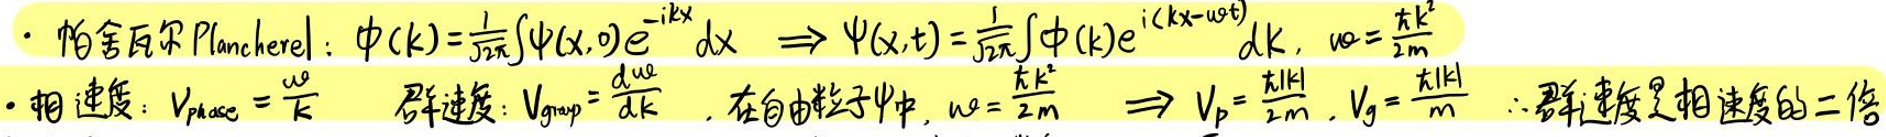
- 帕舍瓦尔 Plancherel：$\phi(k)=\frac{1}{\sqrt{2\pi}}\int\psi(x,0)e^{-ikx}dx\Rightarrow\psi(x,t)=\frac{1}{\sqrt{2\pi}}\int\phi(k)e^{i(kx - \omega t)}dk,\omega=\frac{\hbar k^{2}}{2m}$
- 相速度：$V_{phase}=\frac{\omega}{k}$  群速度：$V_{group}=\frac{d\omega}{dk}$，在自由粒子$\psi$中，$\omega=\frac{\hbar k^{2}}{2m}\Rightarrow V_{p}=\frac{\hbar|k|}{2m},V_{g}=\frac{\hbar|k|}{m}$ $\therefore$群速度是相速度的二倍